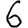
Digit: 6